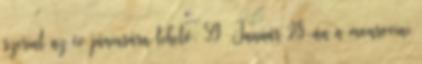
szerint az év júniusára tehető. 59 Január 28-án a monroviai